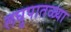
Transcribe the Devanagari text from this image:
लघुपातळ्या